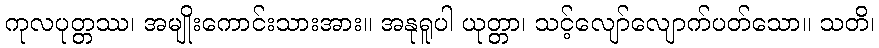
ကုလပုတ္တဿ၊ အမျိုးကောင်းသားအား။ အနုရူပါ ယုတ္တာ၊ သင့်လျော်လျောက်ပတ်သော။ သတိ၊